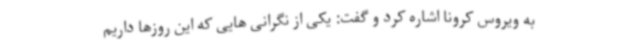
به ویروس کرونا اشاره کرد و گفت: یکی از نگرانی هایی که این روزها داریم